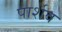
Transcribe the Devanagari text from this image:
पार्शव